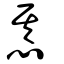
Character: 惎